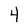
Character: 4